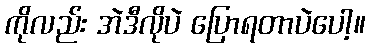
ကိုလည်း အဲဒီလိုပဲ ပြောရတာပဲပေါ့။